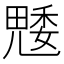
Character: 𮫢